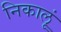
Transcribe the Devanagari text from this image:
निकालूं